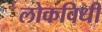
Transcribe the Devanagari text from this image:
लोकविधी